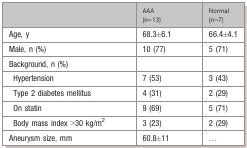
|  | AAA (n=13) | Normal (n=7) |
 | --- | --- | --- |
 | Age, y | 68.3±6.1 | 66.4±4.1 |
 | Male, n (%) | 10 (77) | 5 (71) |
 | Background, n (%) |  |  |
 | Hypertension | 7 (53) | 3 (43) |
 | Type 2 diabetes mellitus | 4 (31) | 2 (29) |
 | On statin | 9 (69) | 5 (71) |
 | Body mass index >30 kg/m2 | 3 (23) | 2 (29) |
 | Aneurysm size, mm | 60.8±11 | ... |